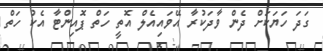
ގަދަ ހަޔަކަށް ދެން ވާދަކުރާ އޭވައިއެލް އޮތީ ހަތް ޕޮއިންޓާ އެކު ހަތް